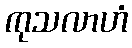
ကုသလာဟံ